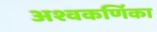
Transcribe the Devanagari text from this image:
अश्वकर्णिका